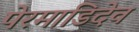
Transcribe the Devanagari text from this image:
पेरमाडिदेव